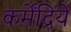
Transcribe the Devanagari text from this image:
कर्मेंद्रियें